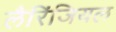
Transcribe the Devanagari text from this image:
लैरिंजियल